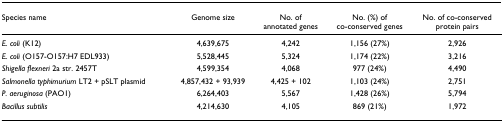
| Species name | Genome size | No. of annotated genes | No. (%) of co-conserved genes | No. of co-conserved protein pairs |
 | --- | --- | --- | --- | --- |
 | E. coli (K12) | 4,639,675 | 4,242 | 1,156 (27%) | 2,926 |
 | E. coli (O157-O157:H7 EDL933) | 5,528,445 | 5,324 | 1,174 (22%) | 3,216 |
 | Shigella flexneri 2a str. 2457T | 4,599,354 | 4,068 | 977 (24%) | 4,490 |
 | Salmonella typhimurium LT2 + pSLT plasmid | 4,857,432 + 93,939 | 4,425 + 102 | 1,103 (24%) | 2,751 |
 | P. aeruginosa (PAO1) | 6,264,403 | 5,567 | 1,428 (26%) | 5,794 |
 | Bacillus subtilis | 4,214,630 | 4,105 | 869 (21%) | 1,972 |